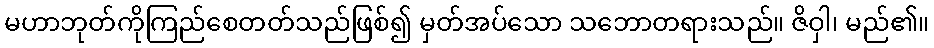
မဟာဘုတ်ကိုကြည်စေတတ်သည်ဖြစ်၍ မှတ်အပ်သော သဘောတရားသည်။ ဇိဝှါ၊ မည်၏။